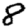
Digit: 8